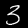
Digit: 3